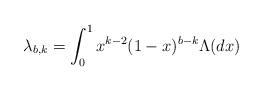
LaTeX: \begin{align*}\lambda_{b,k} = \int_0^1 x^{k - 2} (1-x)^{b-k} \Lambda(dx) \end{align*}